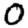
Digit: 0